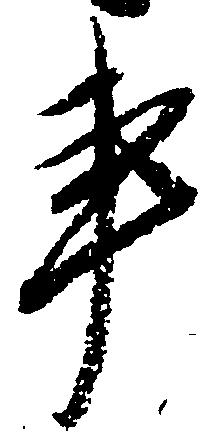
事